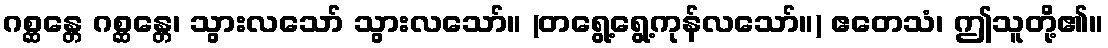
ဂစ္ဆန္တေ ဂစ္ဆန္တေ၊ သွားလသော် သွားလသော်။ (တရွေ့ရွေ့ကုန်လသော်။) ဧတေသံ၊ ဤသူတို့၏။